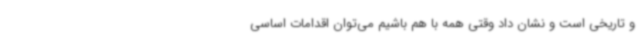
و تاریخی است و نشان داد وقتی همه با هم باشیم می‌توان اقدامات اساسی